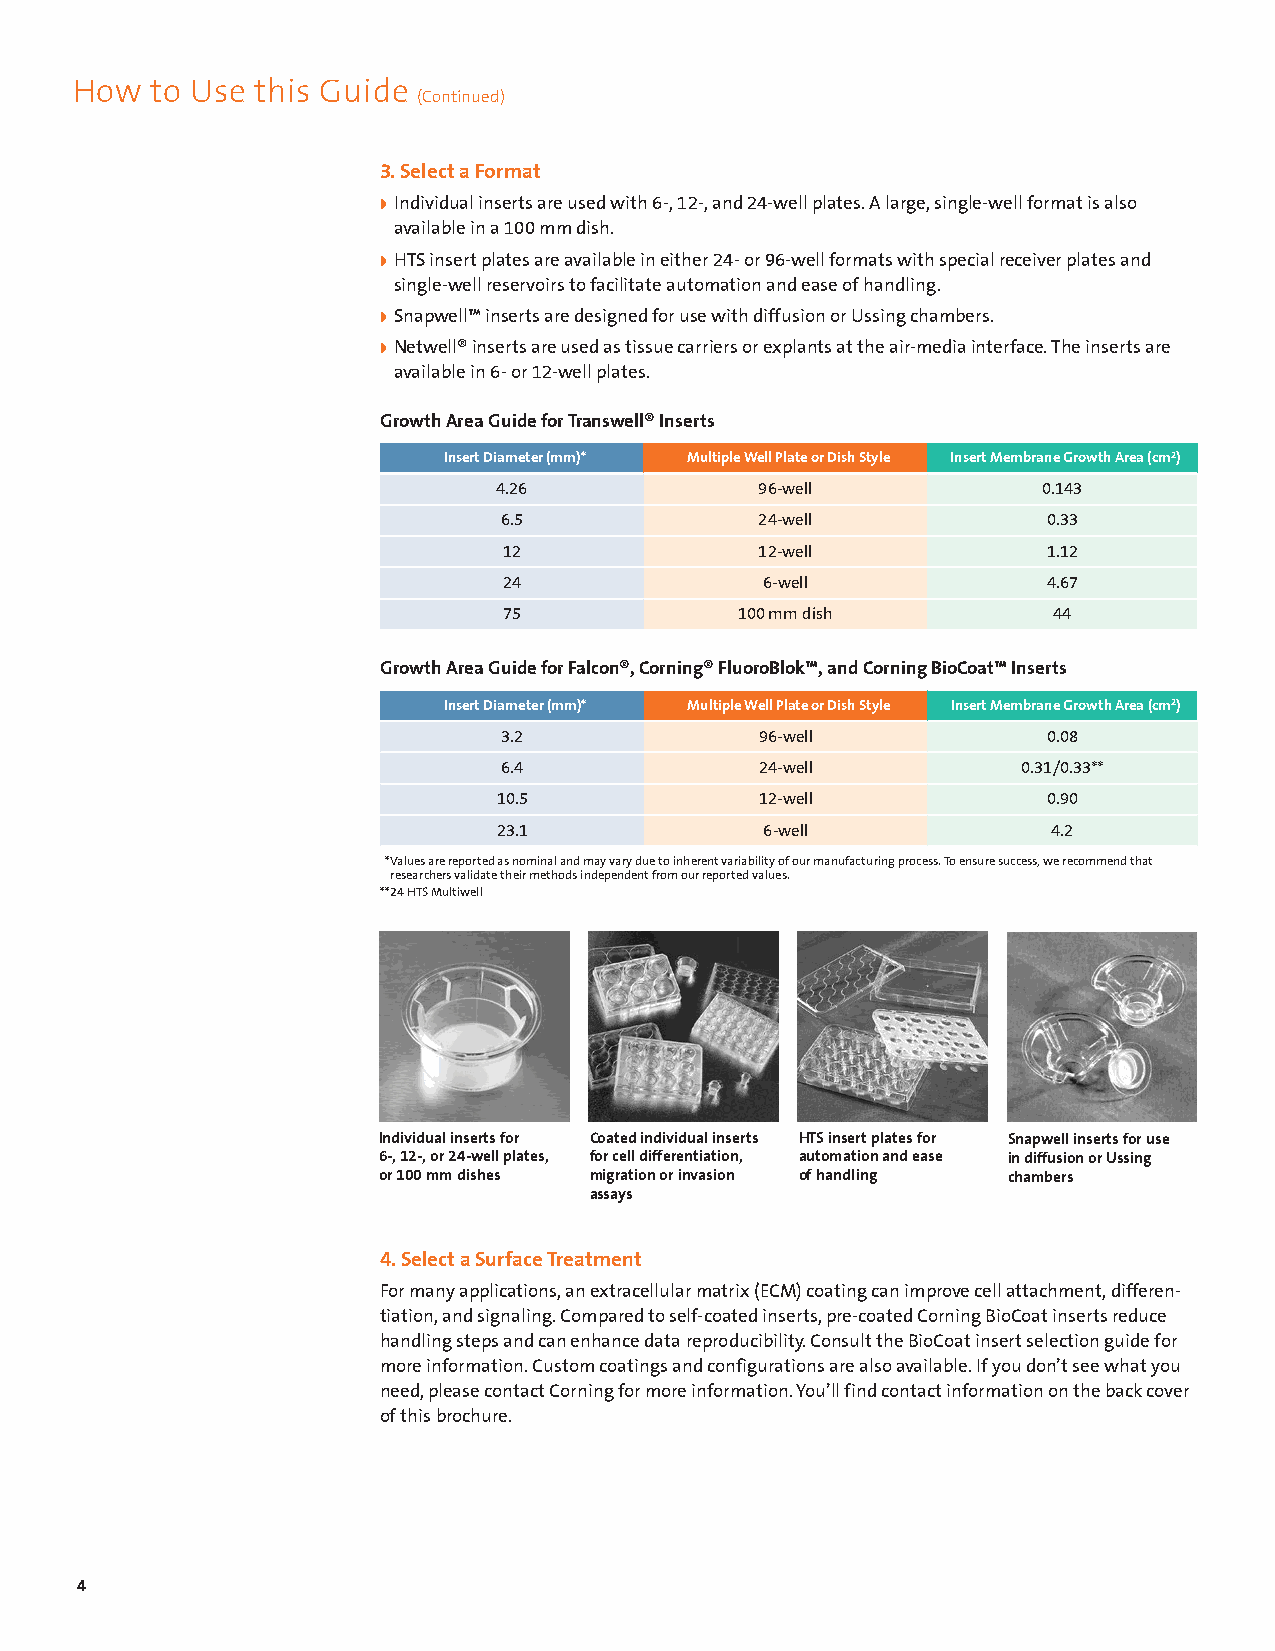
How  to Use this Guide
 (Continued)
 3. Select a Format
 w Individual inserts are used with 6-, 12-, and 24-well plates. A large, single-well format is also
 available in a 100 mm dish.
 w HTS insert plates are available in either 24- or 96-well formats with special receiver plates and
 single-well reservoirs to facilitate automation and ease of handling.
 w Snapwell™ inserts are designed for use with diffusion or Ussing chambers.
 w Netwell® inserts are used as tissue carriers or explants at the air-media interface. The inserts are
 available in 6- or 12-well plates.
 Growth Area Guide for Transwell® Inserts
 Insert Diameter (mm)* Multiple Well Plate or Dish Style Insert Membrane Growth Area (cm2)
 4.26             96-well            0.143
 6.5              24-well            0.33
 12               12-well            1.12
 24                6-well            4.67
 75              100 mm dish          44
 Growth Area Guide for Falcon®, Corning® FluoroBlok™, and Corning BioCoat™ Inserts
 Insert Diameter (mm)* Multiple Well Plate or Dish Style Insert Membrane Growth Area (cm2)
 3.2              96-well            0.08
 6.4              24-well           0.31/0.33**
 10.5             12-well            0.90
 23.1              6-well             4.2
 * Values are reported as nominal and may vary due to inherent variability of our manufacturing process. To ensure success, we recommend that
 researchers validate their methods independent from our reported values.
 ** 24 HTS Multiwell
 Individual inserts for Coated individual inserts HTS insert plates for Snapwell inserts for use
 6-, 12-, or 24-well plates, for cell differentiation, automation and ease in diffusion or Ussing
 or 100 mm dishes migration or invasion of handling chambers
 assays
 4. Select a Surface Treatment
 For many applications, an extracellular matrix (ECM) coating can improve cell attachment, differ en-
 tiation, and signaling. Compared to self-coated inserts, pre-coated Corning BioCoat inserts reduce
 handling steps and can enhance data reproducibility. Consult the BioCoat insert selection guide for
 more information. Custom coatings and configurations are also available. If you don’t see what you
 need, please contact Corning for more information. You’ll find contact information on the back cover
 of this brochure.
 4